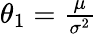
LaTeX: \textstyle\theta_{1}={\frac{\mu}{\sigma^{2}}}